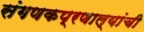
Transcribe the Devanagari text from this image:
संगणकप्रणाल्यांची